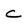
Character: C